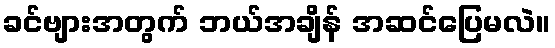
ခင်ဗျားအတွက် ဘယ်အချိန် အဆင်ပြေမလဲ။